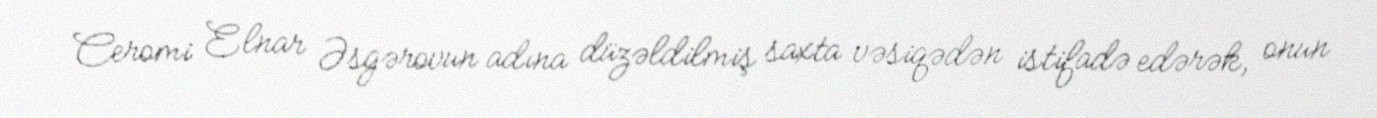
Ceromi Elnar Əsgərovun adına düzəldilmiş saxta vəsiqədən istifadə edərək, onun